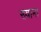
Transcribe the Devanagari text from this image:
ख्याना